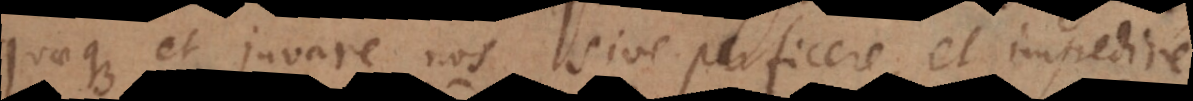
quaeque et juvare nos sive perficere, et impedire